65_HS1-834228961_62-HQ-83894_Serial_438
Agency: FBI
Page 22
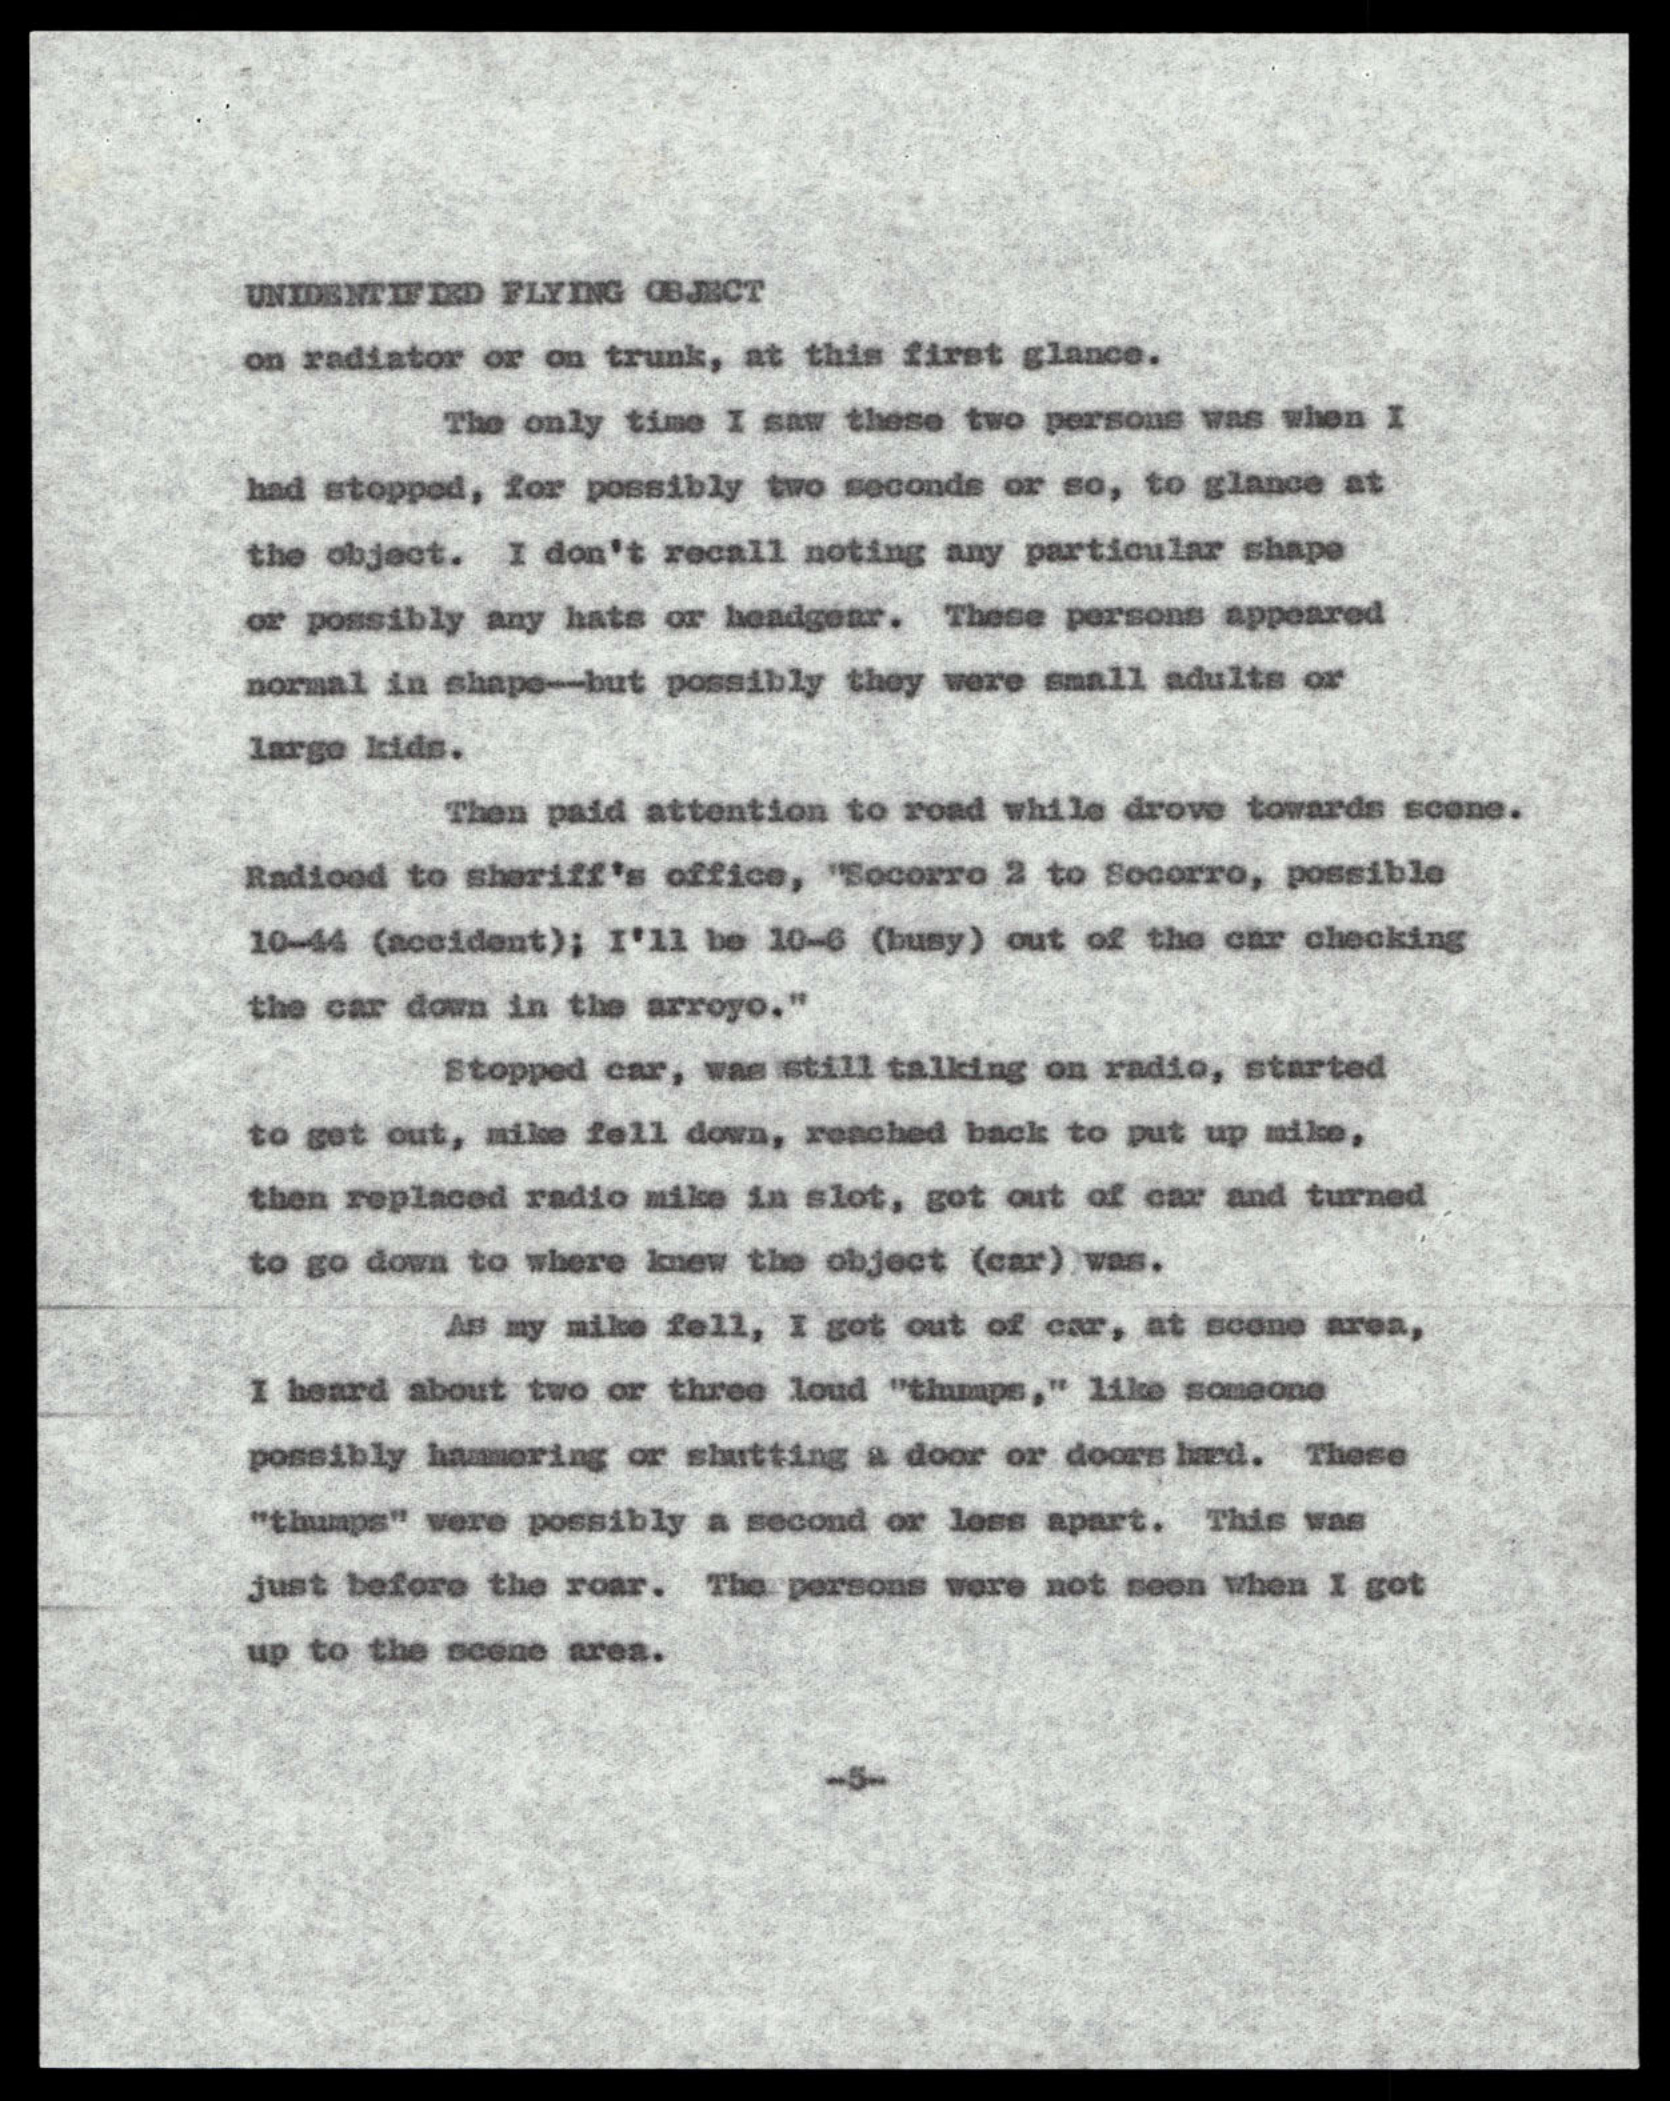